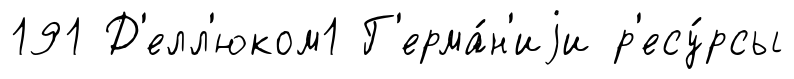
191 Д'елл'юком1 Г'ерма́н'иjи р'есу́рсы